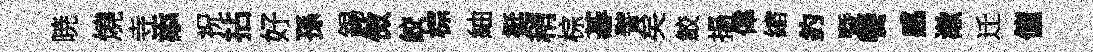
暁燒寺添祝拈好孫錫傚絞棕紬挺稍棕碁譬矣鮫揚偉縮釣暨饗感漱迁僮